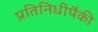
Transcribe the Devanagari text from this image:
प्रतिनिधीपैकी